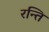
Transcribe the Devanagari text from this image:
रन्ति